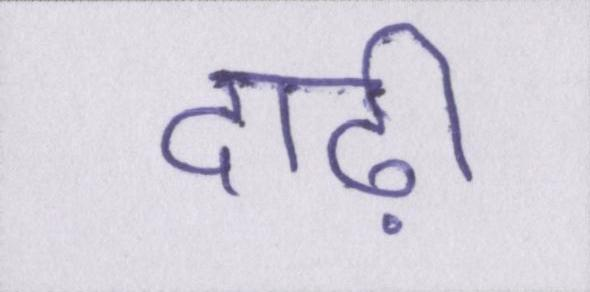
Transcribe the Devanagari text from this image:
दाढ़ी